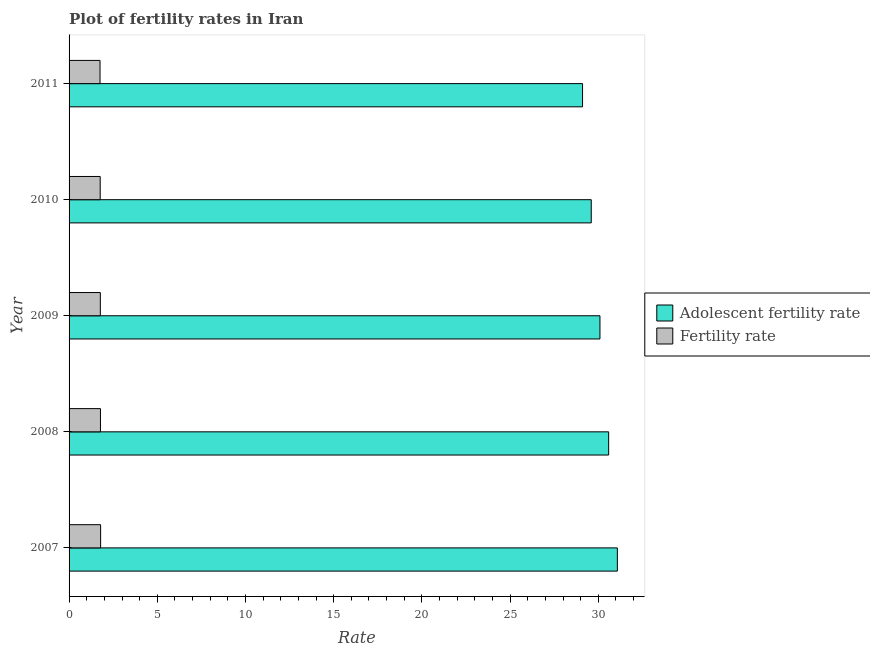
| Year | Adolescent fertility rate | Fertility rate |
 | --- | --- | --- |
 | 2007 | 31.1 | 1.79 |
 | 2008 | 30.6 | 1.78 |
 | 2009 | 30.1 | 1.77 |
 | 2010 | 29.6 | 1.76 |
 | 2011 | 29.1 | 1.75 |